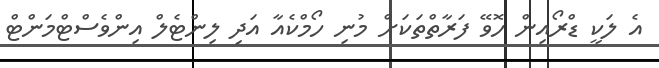
އެ ލަކީ ޑްރޯއިން ހޮވޭ ފަރާތްތަކަށް މުނި ހޯމްކެއާ އަދި ލިންޓެލް އިންވެސްޓްމަންޓް